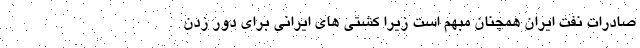
صادرات نفت ایران همچنان مبهم است زیرا کشتی های ایرانی برای دور زدن